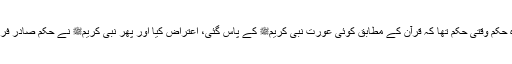
یا وہ حکم وقتی حکم تھا کہ قرآن کے مطابق کوئی عورت نبی کریمﷺ کے پاس گئی، اعتراض کیا اور پھر نبی کریمﷺ نے حکم صادر فرمایا۔